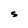
Character: S